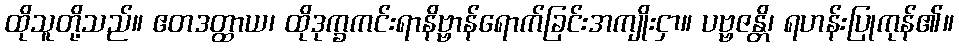
ထိုသူတို့သည်။ ဧတဒတ္ထာယ၊ ထိုဒုက္ခကင်းရာနိဗ္ဗာန်ရောက်ခြင်းအကျိုးငှာ။ ပဗ္ဗဇန္တိ၊ ရဟန်းပြုကုန်၏။